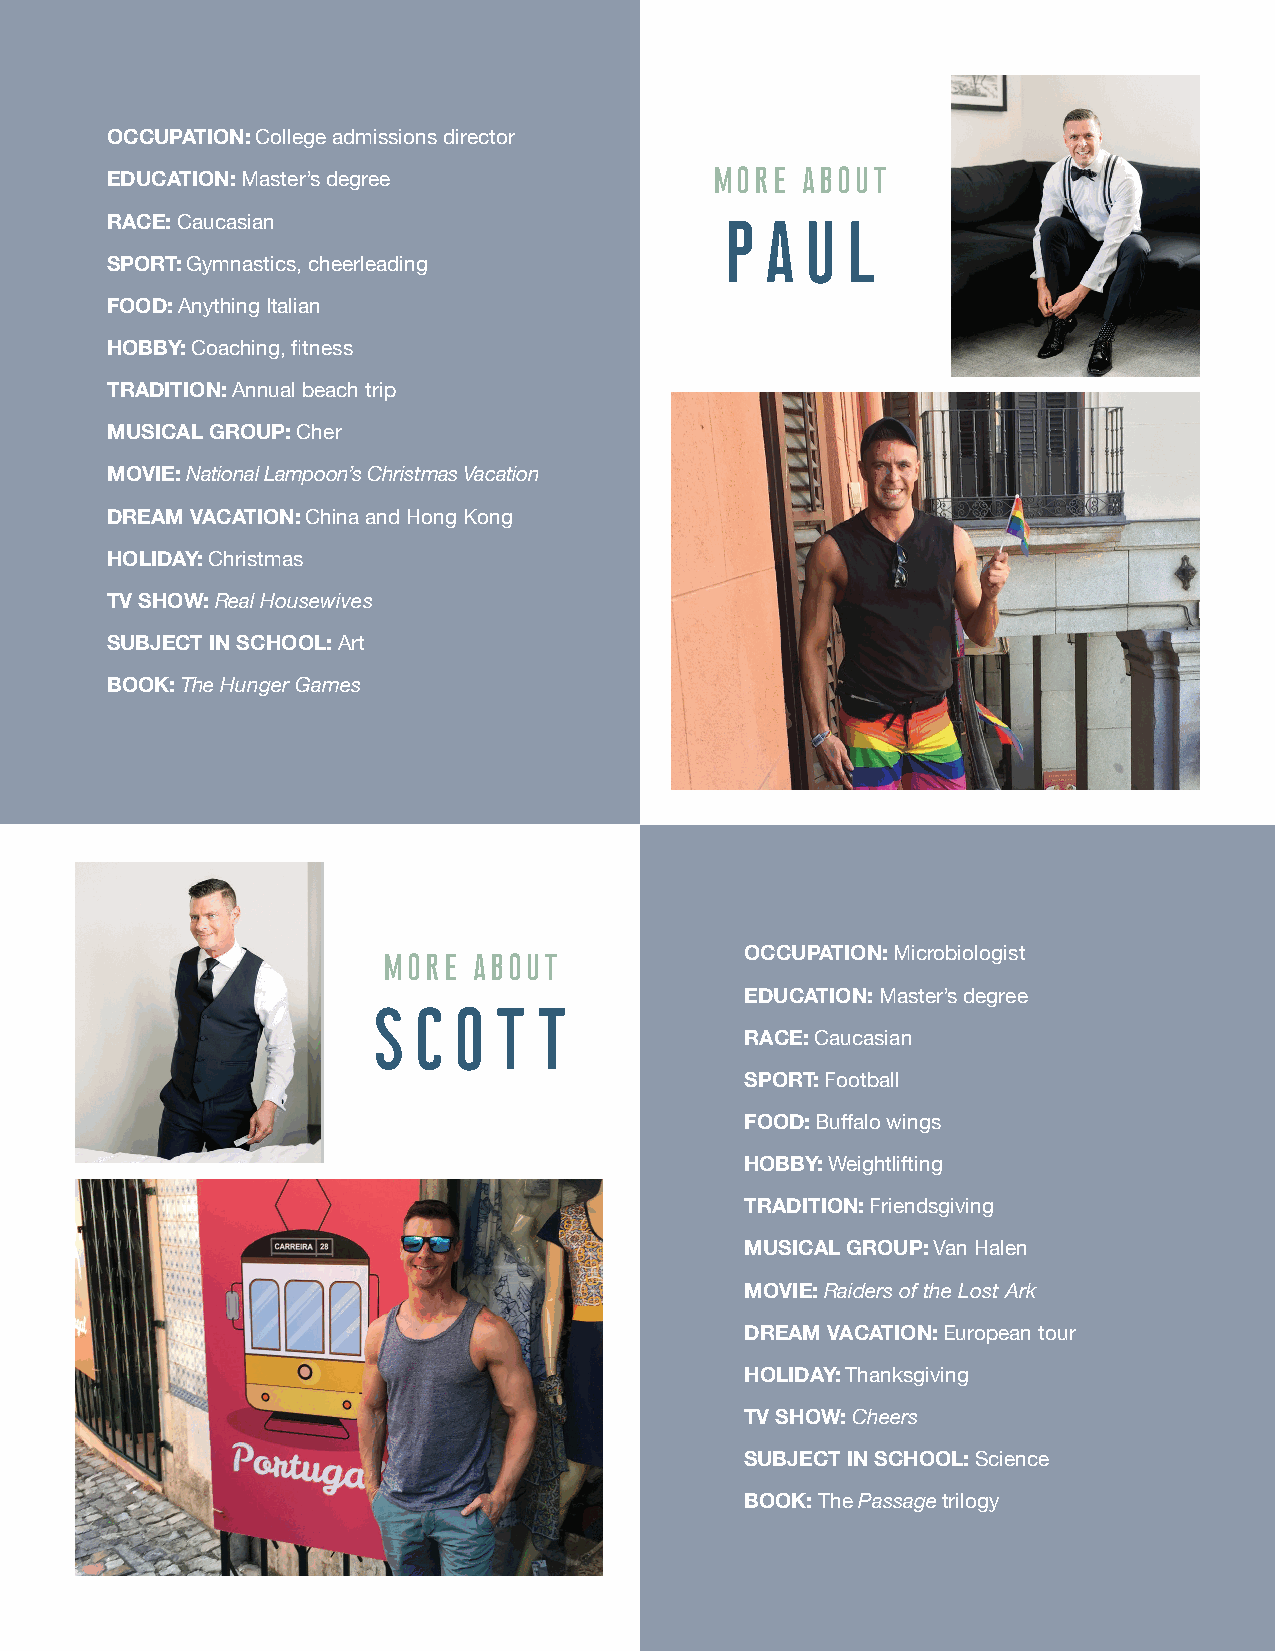
OCCUPATION: College admissions director
 MORE  ABOUT
 EDUCATION: Master’s degree
 RACE: Caucasian                          PAUL
 SPORT: Gymnastics, cheerleading
 FOOD: Anything Italian
 HOBBY: Coaching, fitness
 TRADITION: Annual beach trip
 MUSICAL GROUP: Cher
 MOVIE: National Lampoon’s Christmas Vacation
 DREAM VACATION: China and Hong Kong
 HOLIDAY: Christmas
 TV SHOW: Real Housewives
 SUBJECT IN SCHOOL: Art
 BOOK: The Hunger Games
 MORE  ABOUT             OCCUPATION: Microbiologist
 EDUCATION: Master’s degree
 SCOTT
 RACE: Caucasian
 SPORT: Football
 FOOD: Buffalo wings
 HOBBY: Weightlifting
 TRADITION: Friendsgiving
 MUSICAL GROUP: Van Halen
 MOVIE: Raiders of the Lost Ark
 DREAM VACATION: European tour
 HOLIDAY: Thanksgiving
 TV SHOW: Cheers
 SUBJECT IN SCHOOL: Science
 BOOK: The Passage trilogy